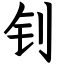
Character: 钊